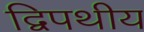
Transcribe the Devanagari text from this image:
द्विपथीय